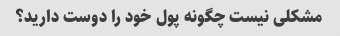
مشکلی نیست چگونه پول خود را دوست دارید؟